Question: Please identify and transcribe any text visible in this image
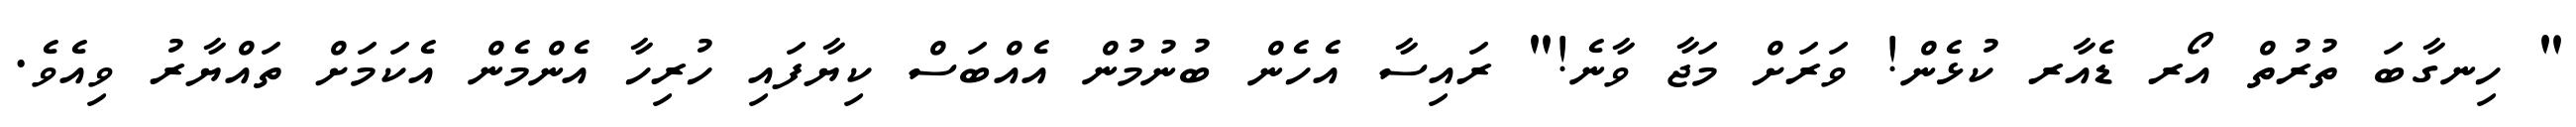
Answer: " ހިނގާބަ ތުރުތް އޯރ ޑެއާރ ކުޅެން! ވަރަށް މަޖާ ވާނެ!" ރައިސާ އެހެން ބުނުމުން އެއްބަސް ކިޔާފައި ހުރިހާ އެންމެން އެކަމަށް ތައްޔާރު ވިއެވެ.